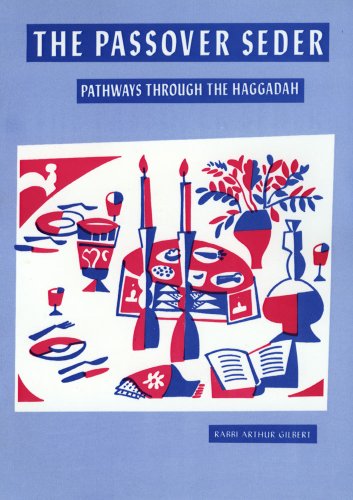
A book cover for The Passover Seder: Pathways Through the Haggadah; Arthur Gilbert; Religion & Spirituality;